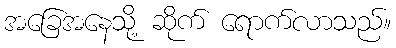
အခြေအနေသို့ ဆိုက် ရောက်လာသည်။